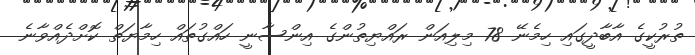
ތުރުކީގެ އާބާދީގައި ހިމެނޭ 78 މިލިއަން ރައްޔިތުންގެ އިންސާނީ ހައްގުތައް ހިމާޔަތް ކޮށްދެއްވާނެ